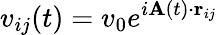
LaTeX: v_{ij}(t)=v_{0}e^{i{\mathbf A}(t)\cdot{\mathbf r}_{ij}}